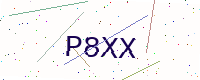
Text: P8XX